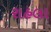
રાહલા